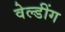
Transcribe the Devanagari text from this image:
वेल्डींग